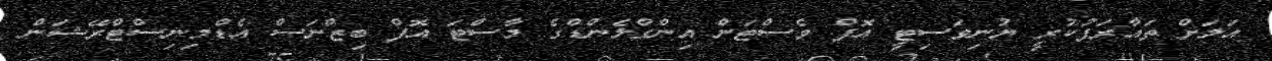
އަލަށް ތައާރަފުކުރީ ޔުނިވަސިޓީ އޮފް ވެސްޓަން އިންގްލެންޑްގެ މާސްޓަ އޮފް ބިޒްނަސް އެޑްމިނިސްޓްރޭޝަން